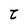
Character: t